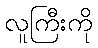
လူကြီးကို